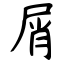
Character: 屑